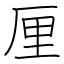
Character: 厘